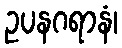
ဥပနဂရာနံ၊